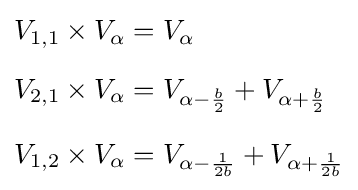
{\begin{aligned}V_{1,1}\times V_{\alpha }&=V_{\alpha }\\[6pt]V_{2,1}\times V_{\alpha }&=V_{\alpha -{\frac {b}{2}}}+V_{\alpha +{\frac {b}{2}}}\\[6pt]V_{1,2}\times V_{\alpha }&=V_{\alpha -{\frac {1}{2b}}}+V_{\alpha +{\frac {1}{2b}}}\end{aligned}}